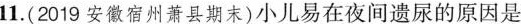
11.(2019安徽宿州萧县期末)小儿易在夜间遗尿的原因是